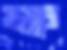
ক্ষ